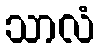
သာလံ